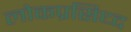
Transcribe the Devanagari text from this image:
लोकप्रसिध्द